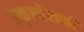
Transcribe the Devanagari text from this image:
उत्कृष्टतेसाठी